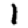
Digit: 1